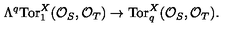
\Lambda ^ { q } \mathrm { T o r } _ { 1 } ^ { X } ( { \cal O } _ { S } , { \cal O } _ { T } ) \to \mathrm { T o r } _ { q } ^ { X } ( { \cal O } _ { S } , { \cal O } _ { T } ) .